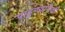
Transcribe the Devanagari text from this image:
पाहुण्यांपैकी